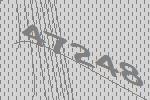
47248